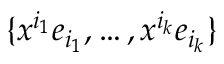
\{ x ^ { i _ { 1 } } e _ { i _ { 1 } } , \ldots , x ^ { i _ { k } } e _ { i _ { k } } \}